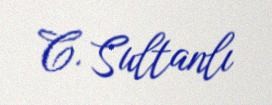
C. Sultanlı